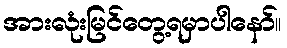
အားလုံးမြင်တွေ့ရမှာပါနော်။